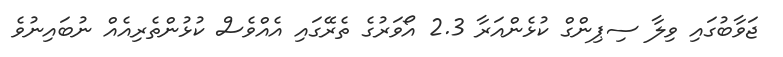
ޖަވާބުގައި ވިލާ ސިޕިންގް ކުޅެންއަރާ 2.3 އޯވަރުގެ ތެރޭގައި އެއްވެސް ކުޅުންތެރިއެއް ނުބައިނުވެ